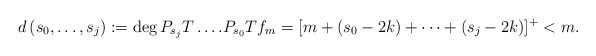
\begin{align*}d\left( s_{0},\dots ,s_{j}\right) :=\deg P_{s_{j}}T\dots .P_{s_{0}}Tf_{m}=[m+\left( s_{0}-2k\right) +\dots +\left( s_{j}-2k\right)]^+ <m.\end{align*}